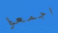
اجمعوا